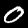
Digit: 0